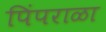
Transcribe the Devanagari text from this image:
पिंपराळा